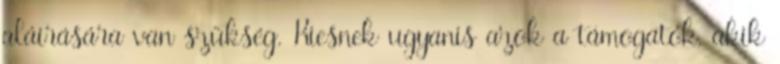
aláírására van szükség. Kiesnek ugyanis azok a támogatók, akik